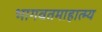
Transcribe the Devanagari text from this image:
भागवतमाहात्म्य